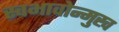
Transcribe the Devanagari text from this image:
स्वभावोन्मुख